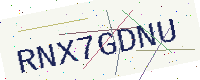
Text: RNX7GDNU